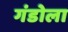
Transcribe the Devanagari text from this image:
गंडोला